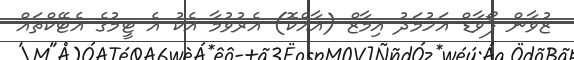
ޒުވާން ފޯވާޑް އަހުމަދު އިމާޒް (އާއްކޮ) އެރުވުމާ އެކު އެ ޓީމުގެ އެޓޭކްތައް